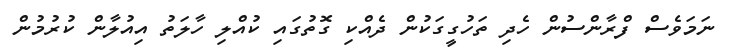
ނަމަވެސް ފްރާންސުން ހެދި ތަހުގީގަކުން ދެއްކި ގޮތުގައި ކުއްލި ހާލަތު އިއުލާން ކުރުމުން